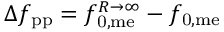
\Delta f _ { \mathrm { p p } } = f _ { \mathrm { 0 , m e } } ^ { R \rightarrow \infty } - f _ { \mathrm { 0 , m e } }